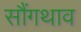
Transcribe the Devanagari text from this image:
सौंगथाव